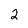
Character: 2